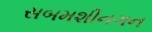
સબમશીનગન